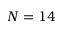
N = 1 4